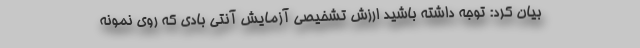
بیان کرد: توجه داشته باشید ارزش تشخیصی آزمایش آنتی بادی که روی نمونه